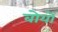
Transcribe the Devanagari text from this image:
बोयों